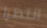
انتظرا